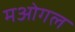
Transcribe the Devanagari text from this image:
मओगल